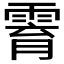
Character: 𱁟